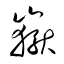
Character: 嶽